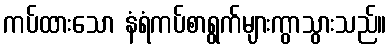
ကပ်ထားသော နံရံကပ်စာရွက်များကွာသွားသည်။